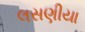
લસણીયા